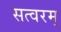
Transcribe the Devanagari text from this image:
सत्वरम्